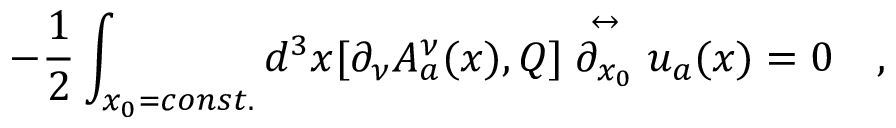
- \frac { 1 } { 2 } \int _ { x _ { 0 } = c o n s t . } d ^ { 3 } x [ \partial _ { \nu } A _ { a } ^ { \nu } ( x ) , Q ] \stackrel { \leftrightarrow } { \partial _ { x _ { 0 } } } u _ { a } ( x ) = 0 \quad ,